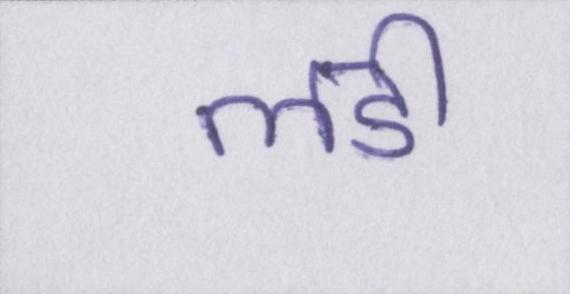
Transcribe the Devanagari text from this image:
लडी